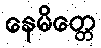
နေမိတ္တေ